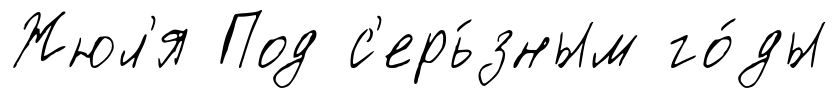
Жюл'я Под с'ерь́зным го́ды